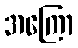
အကြော